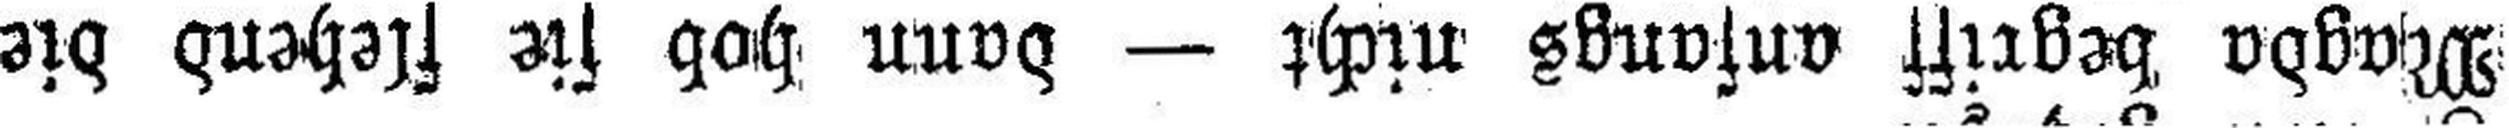
Magda begriff anfangs nicht — dann hob sie flehend die